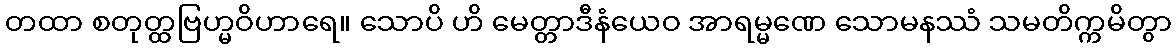
တထာ စတုတ္ထဗြဟ္မဝိဟာရေ။ သောပိ ဟိ မေတ္တာဒီနံယေဝ အာရမ္မဏေ သောမနဿံ သမတိက္ကမိတွာ